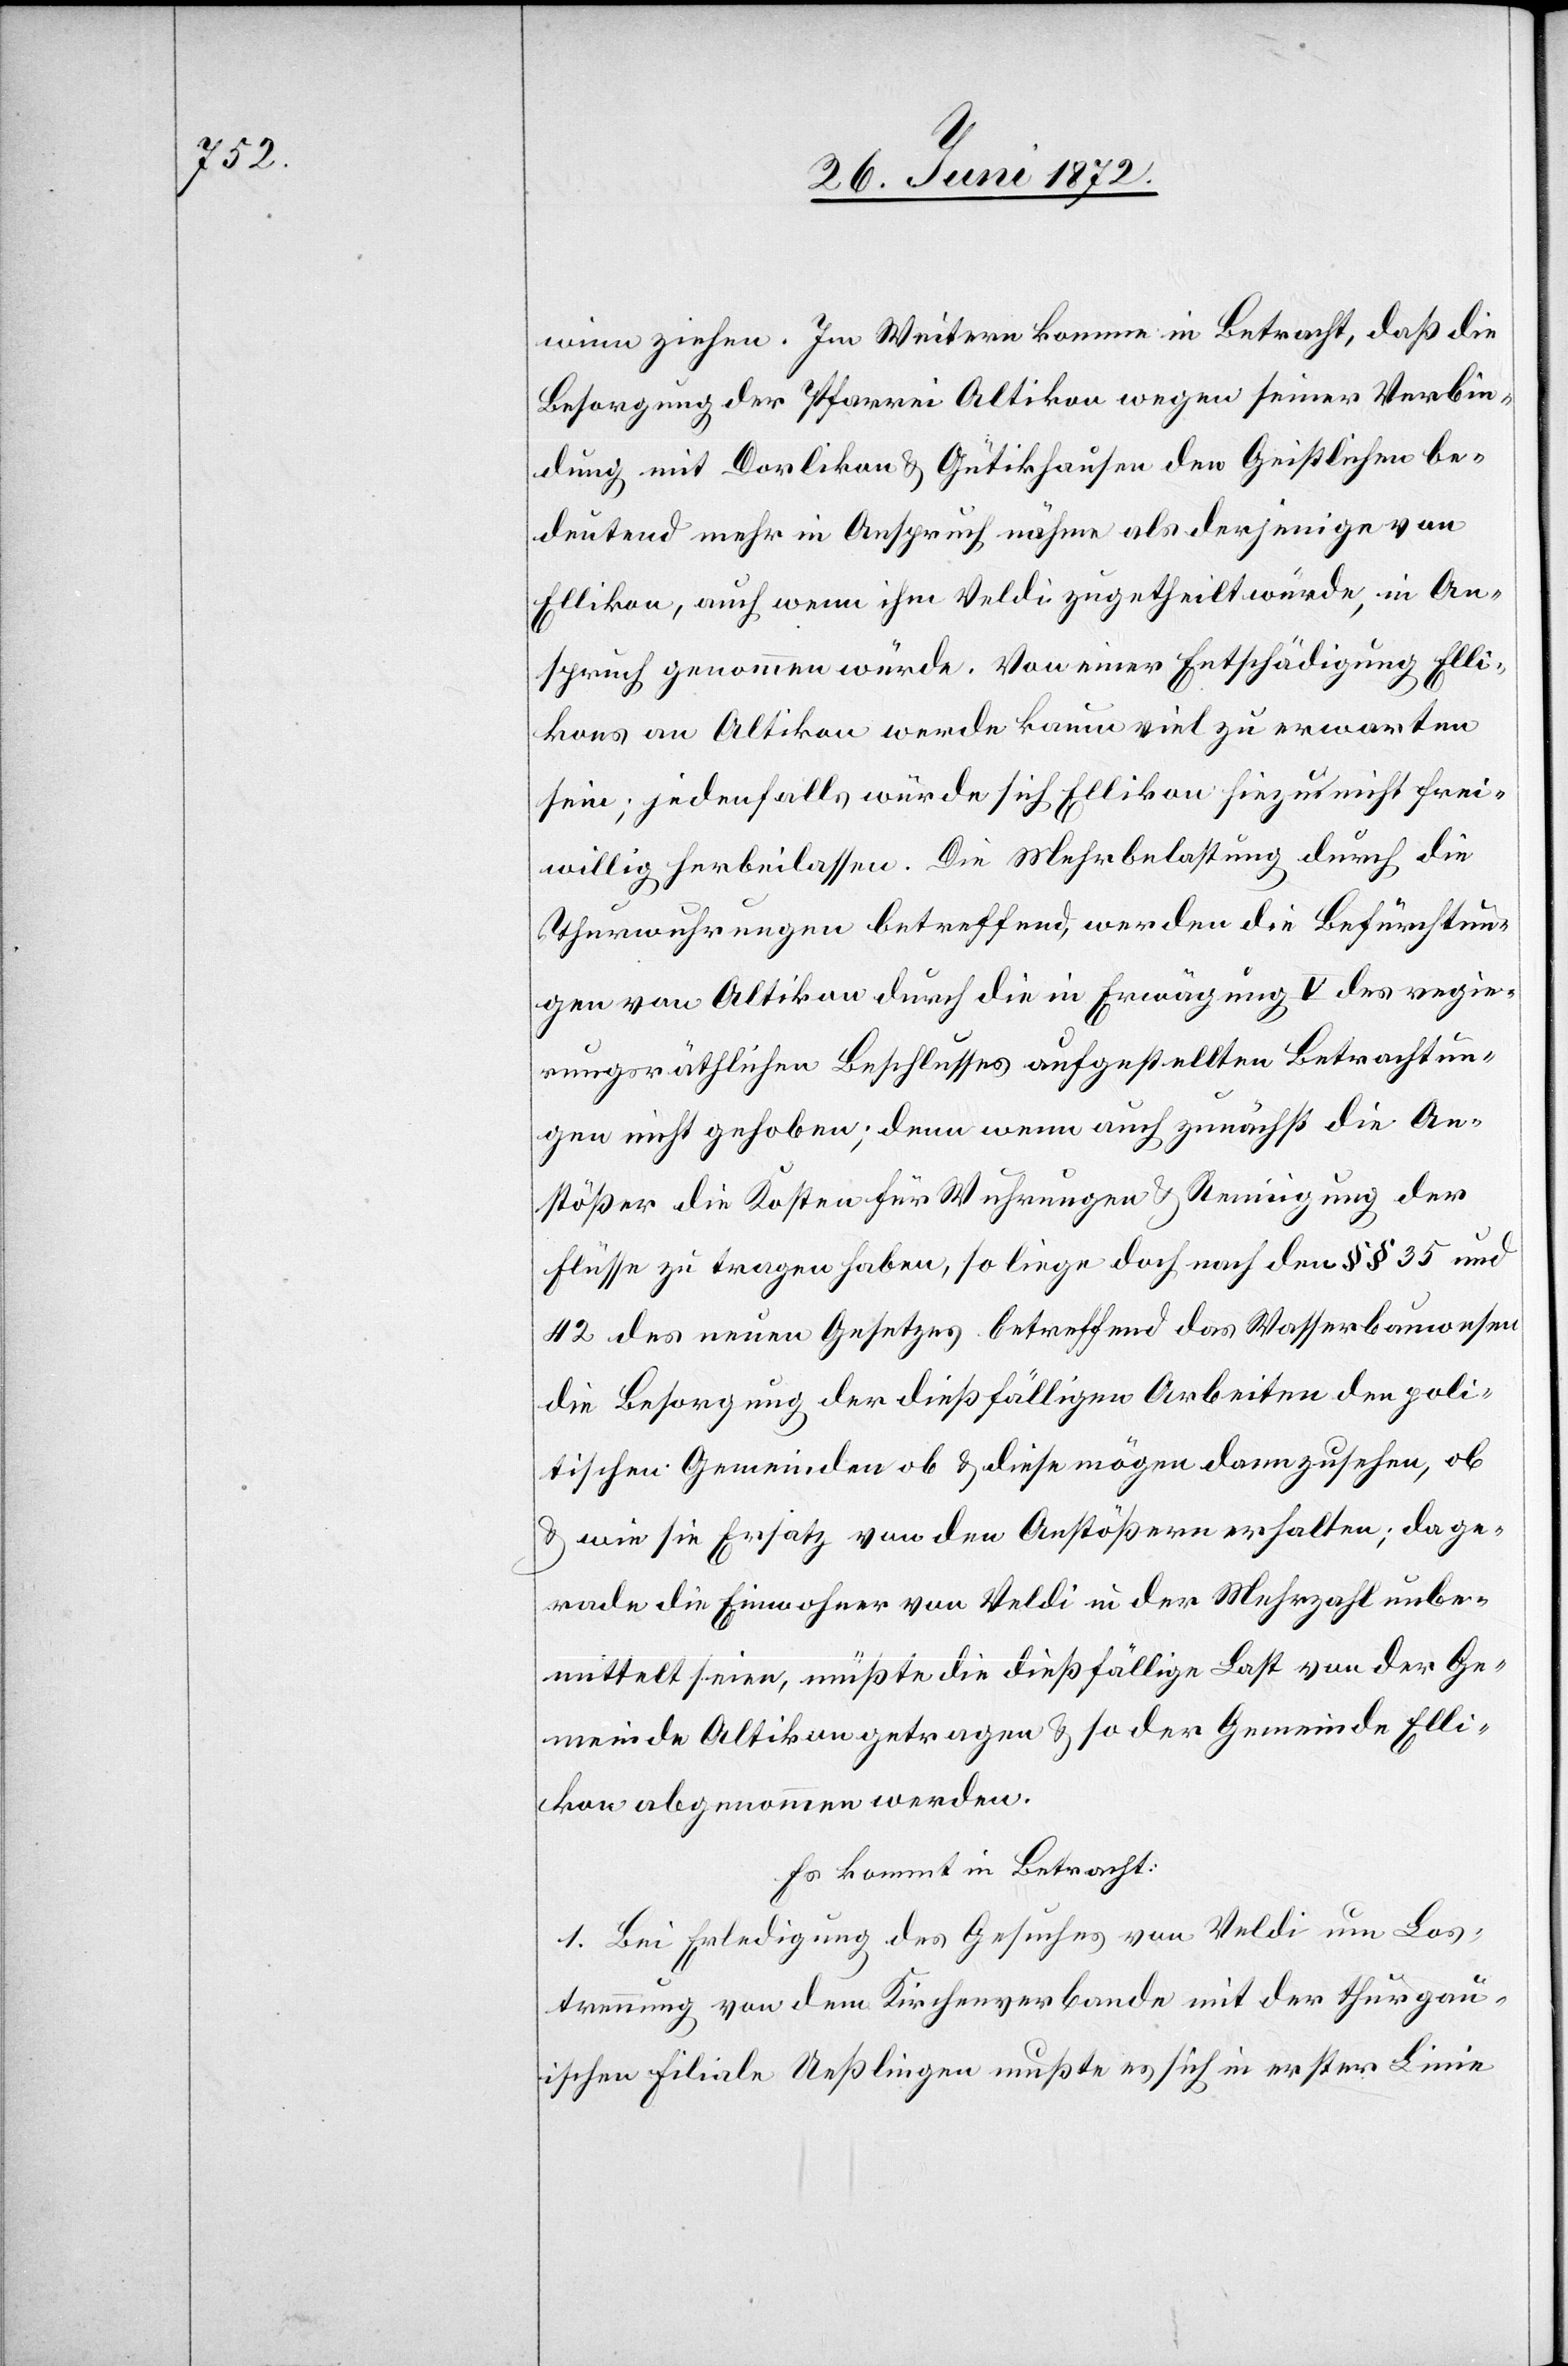
winn ziehen. Im Weitern komme in Betracht, daß die
Besorgung der Pfarrei Altikon wegen seiner Verbin¬
dung mit Dorlikon u. Gütikhausen den Geistlichen be¬
deutend mehr in Anspruch nähme als derjenige von
Ellikon, auch wenn ihm Veldi zugetheilt würde, in An¬
spruch genommen würde. Von einer Entschädigung Elli¬
kons an Altikon werde kaum viel zu erwarten
sein; jedenfalls würde sich Ellikon hiezu nicht frei¬
willig herbeilassen. Die Mehrbelastung durch die
Thurwuhrungen betreffend, werden die Befürchtun¬
gen von Altikon durch die in Erwägung V des regie¬
rungsräthlichen Beschlusses aufgestellten Betrachtun¬
gen nicht gehoben; denn wenn auch zunächst die An¬
stößer die Kosten für Wuhrungen u. Reinigung der
Flüsse zu tragen haben, so liege doch nach den §§ 35 und
42 des neuen Gesetzes betreffend das Wasserbauwesen
die Besorgung der dießfälligen Arbeiten den poli¬
tischen Gemeinden ob u. diese mögen dann zusehen, ob
u. wie sie Ersatz von den Anstößern erhalten; da ge¬
rade die Einwohner von Veldi in der Mehrzahl unbe¬
mittelt seien, müßte die dießfällige Last von der Ge¬
meinde Altikon getragen u. so der Gemeinde Elli¬
kon abgenommen werden.
Es kommt in Betracht:
1. Bei Erledigung des Gesuches von Veldi um Los¬
trennung von dem Kirchenverbande mit der thurgau¬
ischen Filiale Ueßlingen mußte es sich in erster Linie